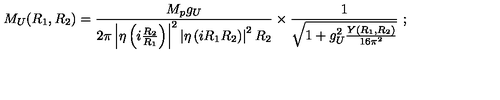
M _ { U } ( R _ { 1 } , R _ { 2 } ) = \frac { M _ { p } g _ { U } } { { 2 \pi } \left| \eta \left( i \frac { R _ { 2 } } { R _ { 1 } } \right) \right| ^ { 2 } \left| \eta \left( i R _ { 1 } R _ { 2 } \right) \right| ^ { 2 } R _ { 2 } } \times \frac { 1 } { \sqrt { 1 + g _ { U } ^ { 2 } \frac { Y ( R _ { 1 } , R _ { 2 } ) } { 1 6 \pi ^ { 2 } } } } \ ;